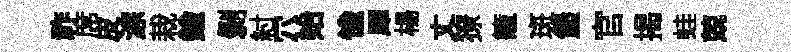
祚席皮淙栽鍮剥紂穴始愉犀楊丈獠籠斑堡官揭蛙兢